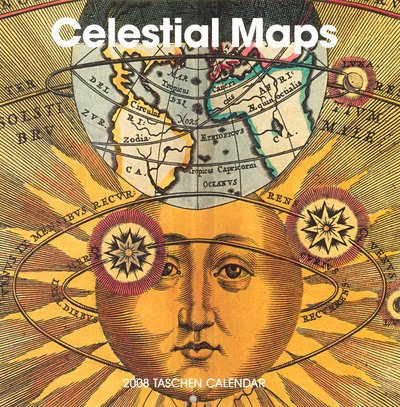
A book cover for Celestial Maps; Calendars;